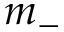
m _ { - }